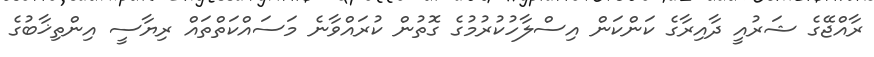
ރާއްޖޭގެ ޝަރުއީ ދާއިރާގެ ކަންކަން އިސްލާހުކުރުމުގެ ގޮތުން ކުރައްވާނެ މަސައްކަތްތައް ރިޔާސީ އިންތިޚާބުގެ